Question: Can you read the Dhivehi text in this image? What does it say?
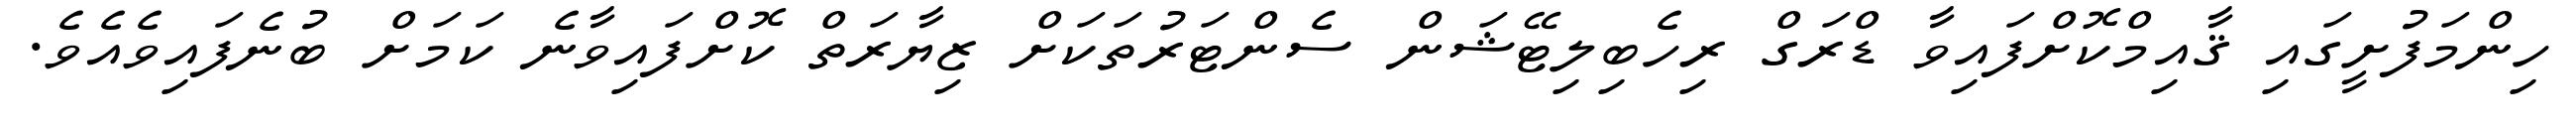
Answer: ހިންމަފުށީގައި ޤާއިމްކޮށްފައިވާ ޑްރަގް ރިހެބިލިޓޭޝަން ސެންޓަރުތަކަށް ޒިޔާރަތް ކޮށްފައިވާނެ ކަމަށް ބުނެފައިވެއެވެ.